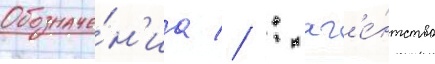
Обозначе́н'иа // : аг'е́нтство